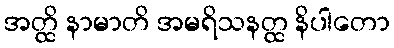
အတ္ထိ နာမာတိ အမရိသနတ္ထ နိပါတော